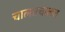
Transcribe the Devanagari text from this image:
चालतचालत